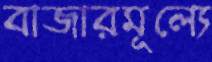
বাজারমূল্যে